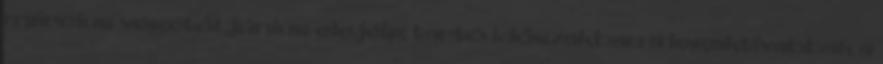
március végétől június elejéig tartó időszakban a legaktívabbak a